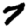
Digit: 7